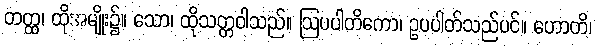
တတ္ထ၊ ထိုအမျိုး၌။ သော၊ ထိုသတ္တဝါသည်။ ဩပပါတိကော၊ ဥပပါတ်သည်ပင်။ ဟောတိ၊